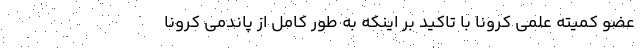
عضو کمیته علمی کرونا با تاکید بر اینکه به طور کامل از پاندمی کرونا